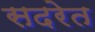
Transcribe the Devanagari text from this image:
सदरेत